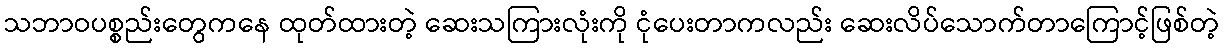
သဘာဝပစ္စည်းတွေကနေ ထုတ်ထားတဲ့ ဆေးသကြားလုံးကို ငုံပေးတာကလည်း ဆေးလိပ်သောက်တာကြောင့်ဖြစ်တဲ့